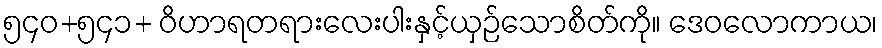
၅၄၀+၅၄၁+ ဝိဟာရတရားလေးပါးနှင့်ယှဉ်သောစိတ်ကို။ ဒေဝလောကာယ၊